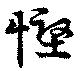
慳